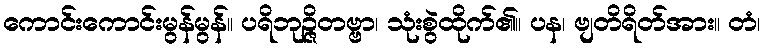
ကောင်းကောင်းမွန်မွန်။ ပရိဘုဉ္ဇိတဗ္ဗာ၊ သုံးစွဲထိုက်၏။ ပန၊ ဗျတိရိတ်အား။ တံ၊